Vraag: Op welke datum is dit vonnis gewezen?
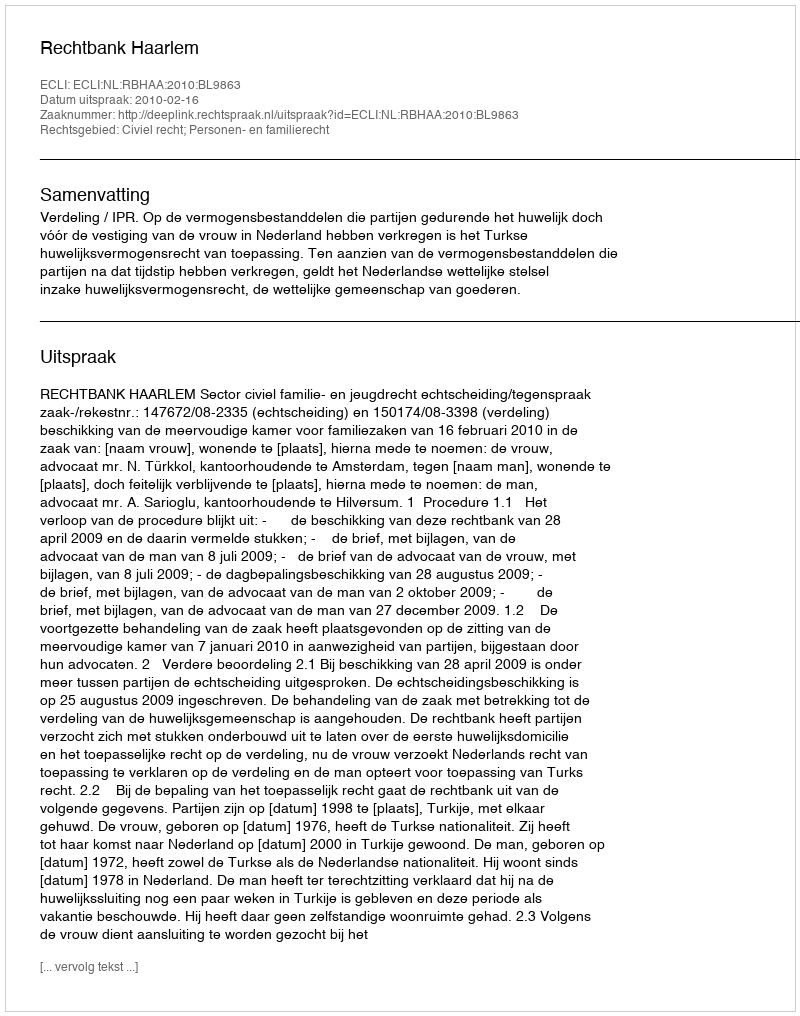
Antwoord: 2010-02-16